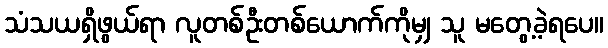
သံသယရှိဖွယ်ရာ လူတစ်ဦးတစ်ယောက်ကိုမျှ သူ မတွေ့ခဲ့ရပေ။